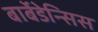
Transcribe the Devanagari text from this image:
बार्बेडेन्सिस